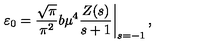
\left. \varepsilon _ { 0 } = \frac { \sqrt { \pi } } { \pi ^ { 2 } } b \mu ^ { 4 } \frac { Z ( s ) } { s + 1 } \right| _ { s = - 1 } ,